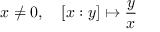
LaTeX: x \neq 0 , \quad [ x : y ] \mapsto { \frac { y } { x } }